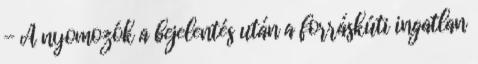
- A nyomozók a bejelentés után a forráskúti ingatlan